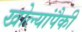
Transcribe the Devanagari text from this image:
खोल्यांपैकी